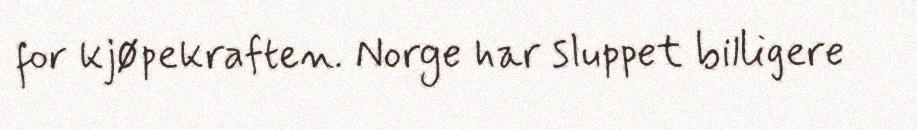
for kjøpekraften. Norge har sluppet billigere